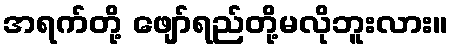
အရက်တို့ ဖျော်ရည်တို့မလိုဘူးလား။